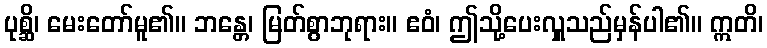
ပုစ္ဆိ၊ မေးတော်မူ၏။ ဘန္တေ၊ မြတ်စွာဘုရား။ ဧဝံ၊ ဤသို့ပေးလှူသည်မှန်ပါ၏။ ဣတိ၊